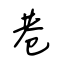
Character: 巷